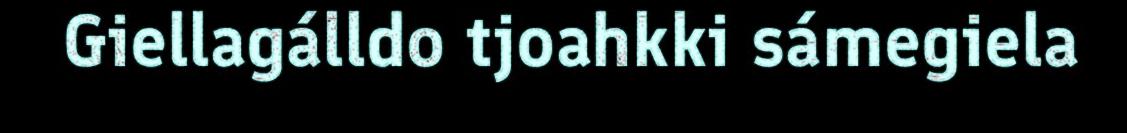
Giellagálldo tjoahkki sámegiela